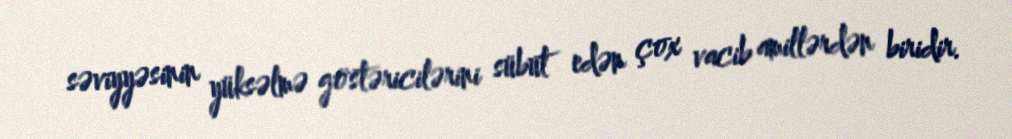
səviyyəsinin yüksəlmə göstəricilərini sübut edən çox vacib amillərdən biridir.